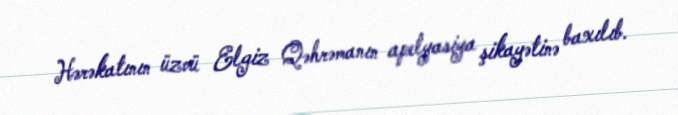
Hərəkatının üzvü Elgiz Qəhrəmanın apelyasiya şikayətinə baxılıb.